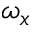
\omega _ { x }